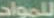
للمواد